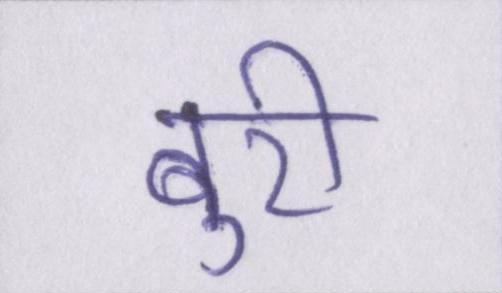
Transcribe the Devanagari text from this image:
बुरी